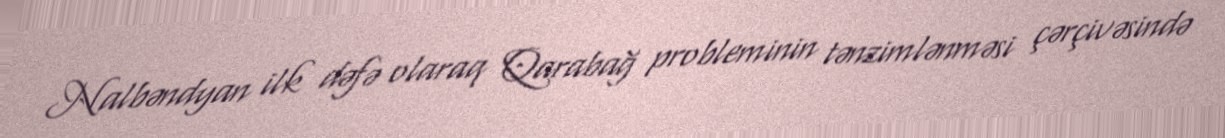
Nalbəndyan ilk dəfə olaraq Qarabağ probleminin tənzimlənməsi çərçivəsində